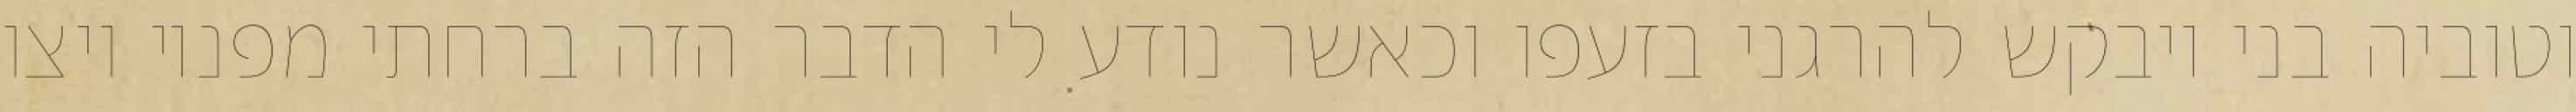
וטוביה בני ויבקש להרגני בזעפו וכאשר נודע לי הדבר הזה ברחתי מפניו ויצו